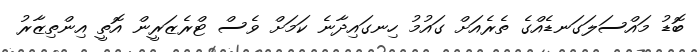
ބޮޑު މައްސަލަގަނޑެއްގެ ތެރެއަށް ގައުމު ހިނގައިދާނެ ކަމަށް ވެސް ޓްރެޒަރީން އޮތީ އިންތިޒާރު